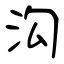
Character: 沟